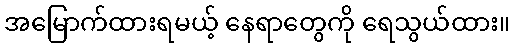
အမြောက်ထားရမယ့် နေရာတွေကို ရေသွယ်ထား။